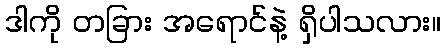
ဒါကို တခြား အရောင်နဲ့ ရှိပါသလား။